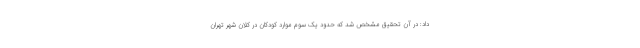
داد: در آن تحقیق مشخص شد که حدود یک سوم موارد کودکان در کلان شهر تهران